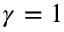
\gamma = 1